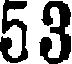
53